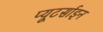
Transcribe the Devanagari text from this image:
प्यूटर्साइन